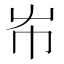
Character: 𡴅